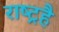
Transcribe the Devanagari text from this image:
राष्ट्रहै